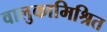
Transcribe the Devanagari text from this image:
वालुकामिश्रित